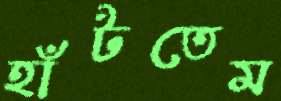
হাঁটতেম